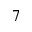
7